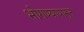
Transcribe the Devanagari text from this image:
भोगण्यापासून